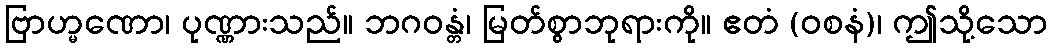
ဗြာဟ္မဏော၊ ပုဏ္ဏားသည်။ ဘဂဝန္တံ၊ မြတ်စွာဘုရားကို။ ဧတံ (ဝစနံ)၊ ဤသို့သော